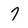
Character: 7